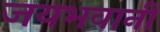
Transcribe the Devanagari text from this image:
जयभवानी